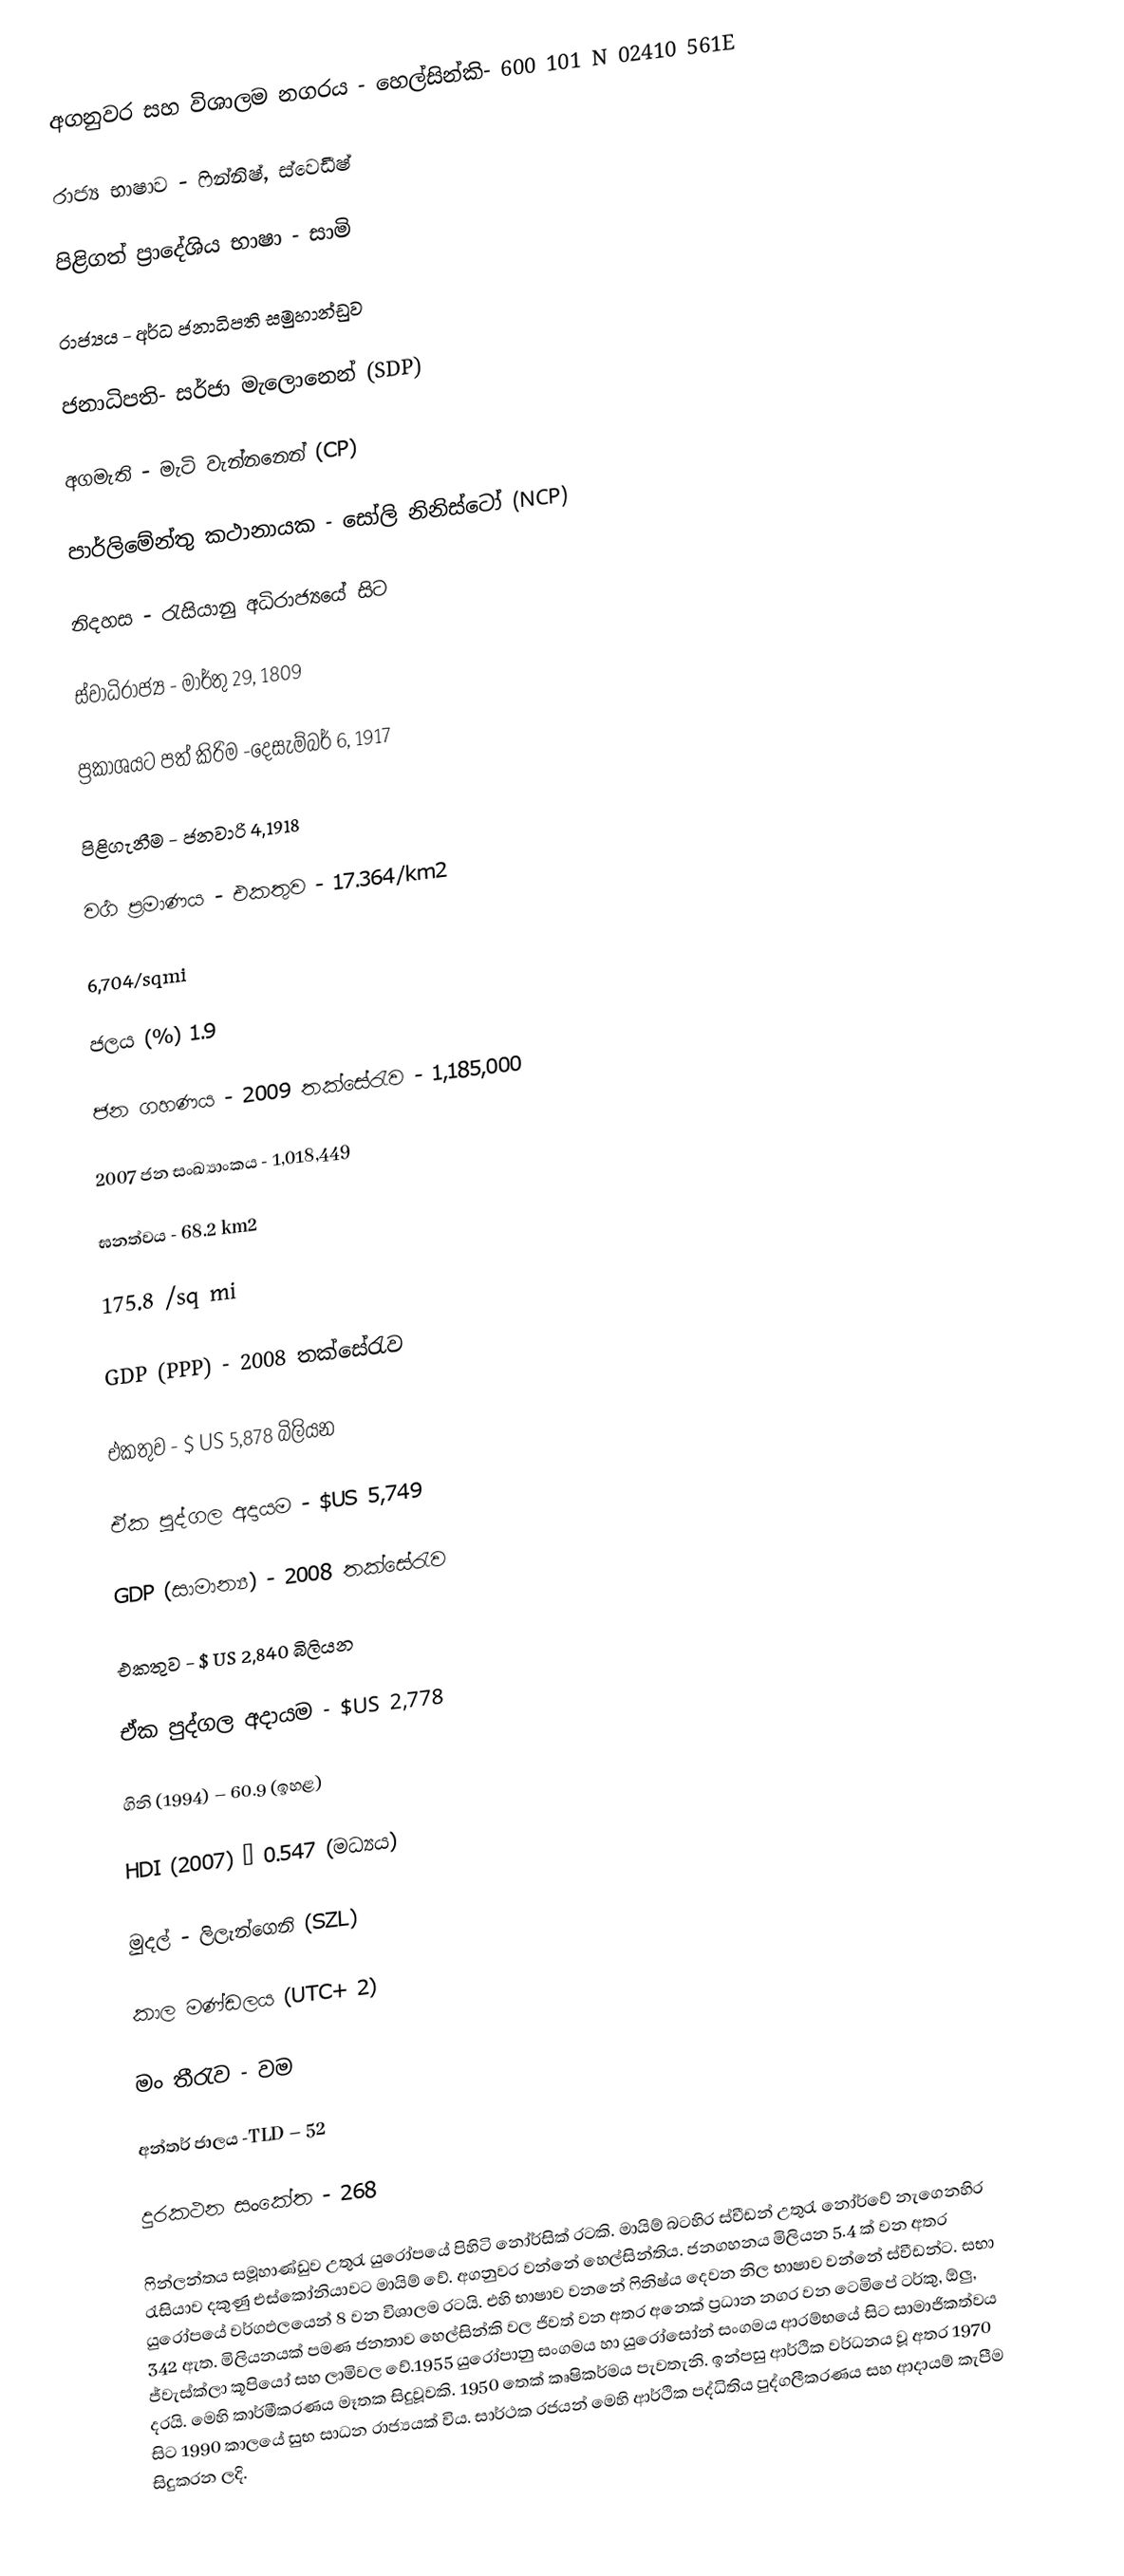
අගනුවර සහ විශාලම නගරය - හෙල්සින්කි-  600 101 N 02410 561E

රාජ්‍ය භාෂාව - ෆින්නිෂ්, ස්‍වෙඩීෂ්

පිළිගත් ප්‍රාදේශිය භාෂා - සාමි

රාජ්‍යය - අර්ධ ජනාධිපති සමුහාන්ඩුව

ජනාධිපති- සර්ජා මැලොනෙන්	(SDP)

අගමැති - මැටි වැන්නනෙන්  (CP)

පාර්ලිමේන්තු කථානායක - ‍සෝලි නිනිස්ටෝ   (NCP)

නිදහස - රැසියානු අධිරාජ්‍යයේ සිට

ස්වාධිරාජ්‍ය	-	මාර්තු 29, 1809

ප්‍රකාශයට පත් කිරිම  -දෙසැම්බර් 6, 1917

පිළිගැනීම - ජනවාරි 4,1918

වර්‍ග ප්‍රමාණය - එකතුව - 17.364/km2

6,704/sqmi

ජලය (%) 1.9

ජන ගහණය - 2009 තක්සේරැව - 1,185,000

2007 ජන සංඛ්‍යාංකය - 1,018,449

ඝනත්වය 	- 68.2 km2

175.8 /sq mi

GDP (PPP) - 	2008 තක්සේරැව

එකතුව	-	$ US 5,878 බිලියන

ඒක පුද්ගල අදායම - $US 5,749

GDP (සාමාන්‍ය) - 	2008 තක්සේරැව

එකතුව	-	$ US 2,840 බිලියන

ඒක පුද්ගල අදායම - $US 2,778

ගිනි (1994) – 60.9 (ඉහළ)

HDI  (2007) – 0.547 (මධ්‍යය)

මුදල් - ලිලැන්ගෙනි (SZL)

කාල මණ්ඩලය  (UTC+ 2)

මං තීරැව - වම

අන්තර් ජාලය -TLD – 52

දුරකථන සංකේත - 268

ෆින්ලන්තය සමූහාණ්ඩුව උතුරැ යුරෝපයේ පිහිටි නෝර්සික් රටකි. මායිම් බටහිර ස්වීඩන් උතුරැ නෝර්වේ නැගෙනහිර රැසියාව  දකුණු එස්කෝනියාවට මායිම් වේ. අගනුවර වන්නේ හෙල්සින්තිය. ජනගහනය මිලියන 5.4 ක් වන අතර යුරෝපයේ වර්ගඵලයෙන් 8 වන විශාලම රටයි. එහි භාෂාව වනනේ ෆිනිෂ්ය දෙවන නිල භාෂාව වන්නේ ස්වීඩන්ට. සභා 342 ඇත. මිලියනයක්  පමණ ජනතාව හෙල්සින්කි  වල ජිවත් වන අතර අනෙක් ප්‍රධාන නගර වන ටෙමිපේ ටර්කු, ඕලු, ජ්වැස්ක්ලා කූපියෝ සහ ලාමිවල වේ.1955 යුරෝපානු සංගමය හා යුරෝ‍සෝන් සංගමය ආරම්භයේ සිට සාමාජිකත්වය දරයි. මෙහි කාර්මීකරණය මෑතක සිදුවූවකි. 1950 තෙක් කෘෂිකර්මය පැවතැනි. ඉන්පසු ආර්ථික වර්ධනය වූ අතර  1970 සිට 1990 කාලයේ සුභ සාධන රාජ්‍යයක් විය. සාර්ථක රජයන්  මෙහි  ආර්ථික පද්ධිතිය පුද්ගලීකරණය සහ  ආදායම් කැපීම සිදුකරන ලදි.